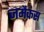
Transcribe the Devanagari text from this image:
जमैकंस